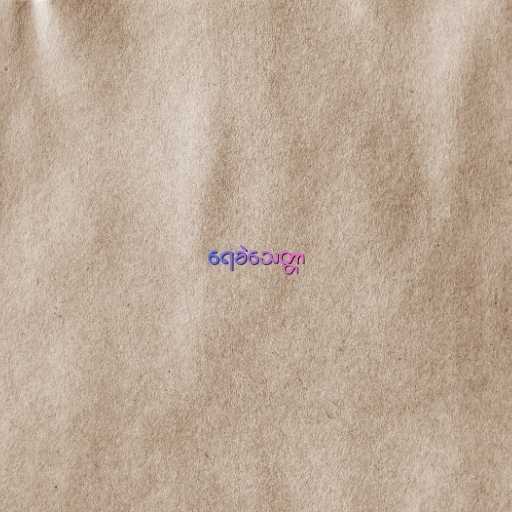
ရေခဲသေတ္တာ